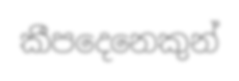
කීපදෙනෙකුන්